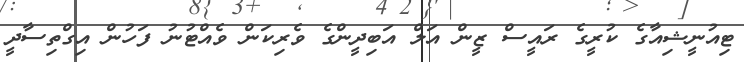
ޓިއުނީޝިއާގެ ކުރީގެ ރައީސް ޒީން އަލް އަބިދީންގެ ވެރިކަން ވެއްޓުނު ފަހުން އިގްތިސާދީ